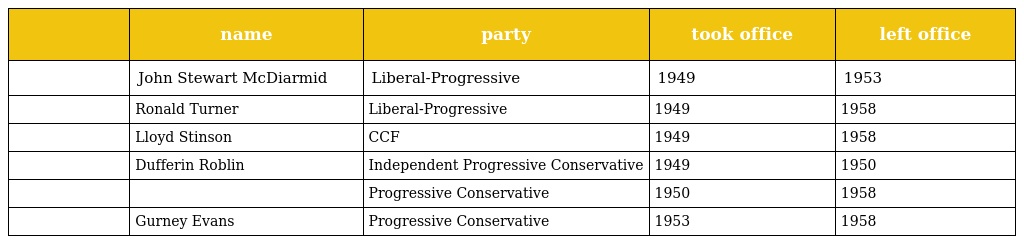
|  | name | party | took office | left office |
 | --- | --- | --- | --- | --- |
 |  | John Stewart McDiarmid | Liberal-Progressive | 1949 | 1953 |
 |  | Ronald Turner | Liberal-Progressive | 1949 | 1958 |
 |  | Lloyd Stinson | CCF | 1949 | 1958 |
 |  | Dufferin Roblin | Independent Progressive Conservative | 1949 | 1950 |
 |  |  | Progressive Conservative | 1950 | 1958 |
 |  | Gurney Evans | Progressive Conservative | 1953 | 1958 |